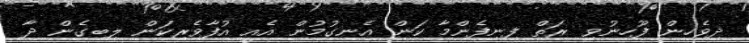
ދިވެހިން ފޫހިނުވި ރަތް ފިނިފެންމާ ކަން އެނގުމުން އެއީ އުފާވެރިކަން ލިބިގެން ދާ